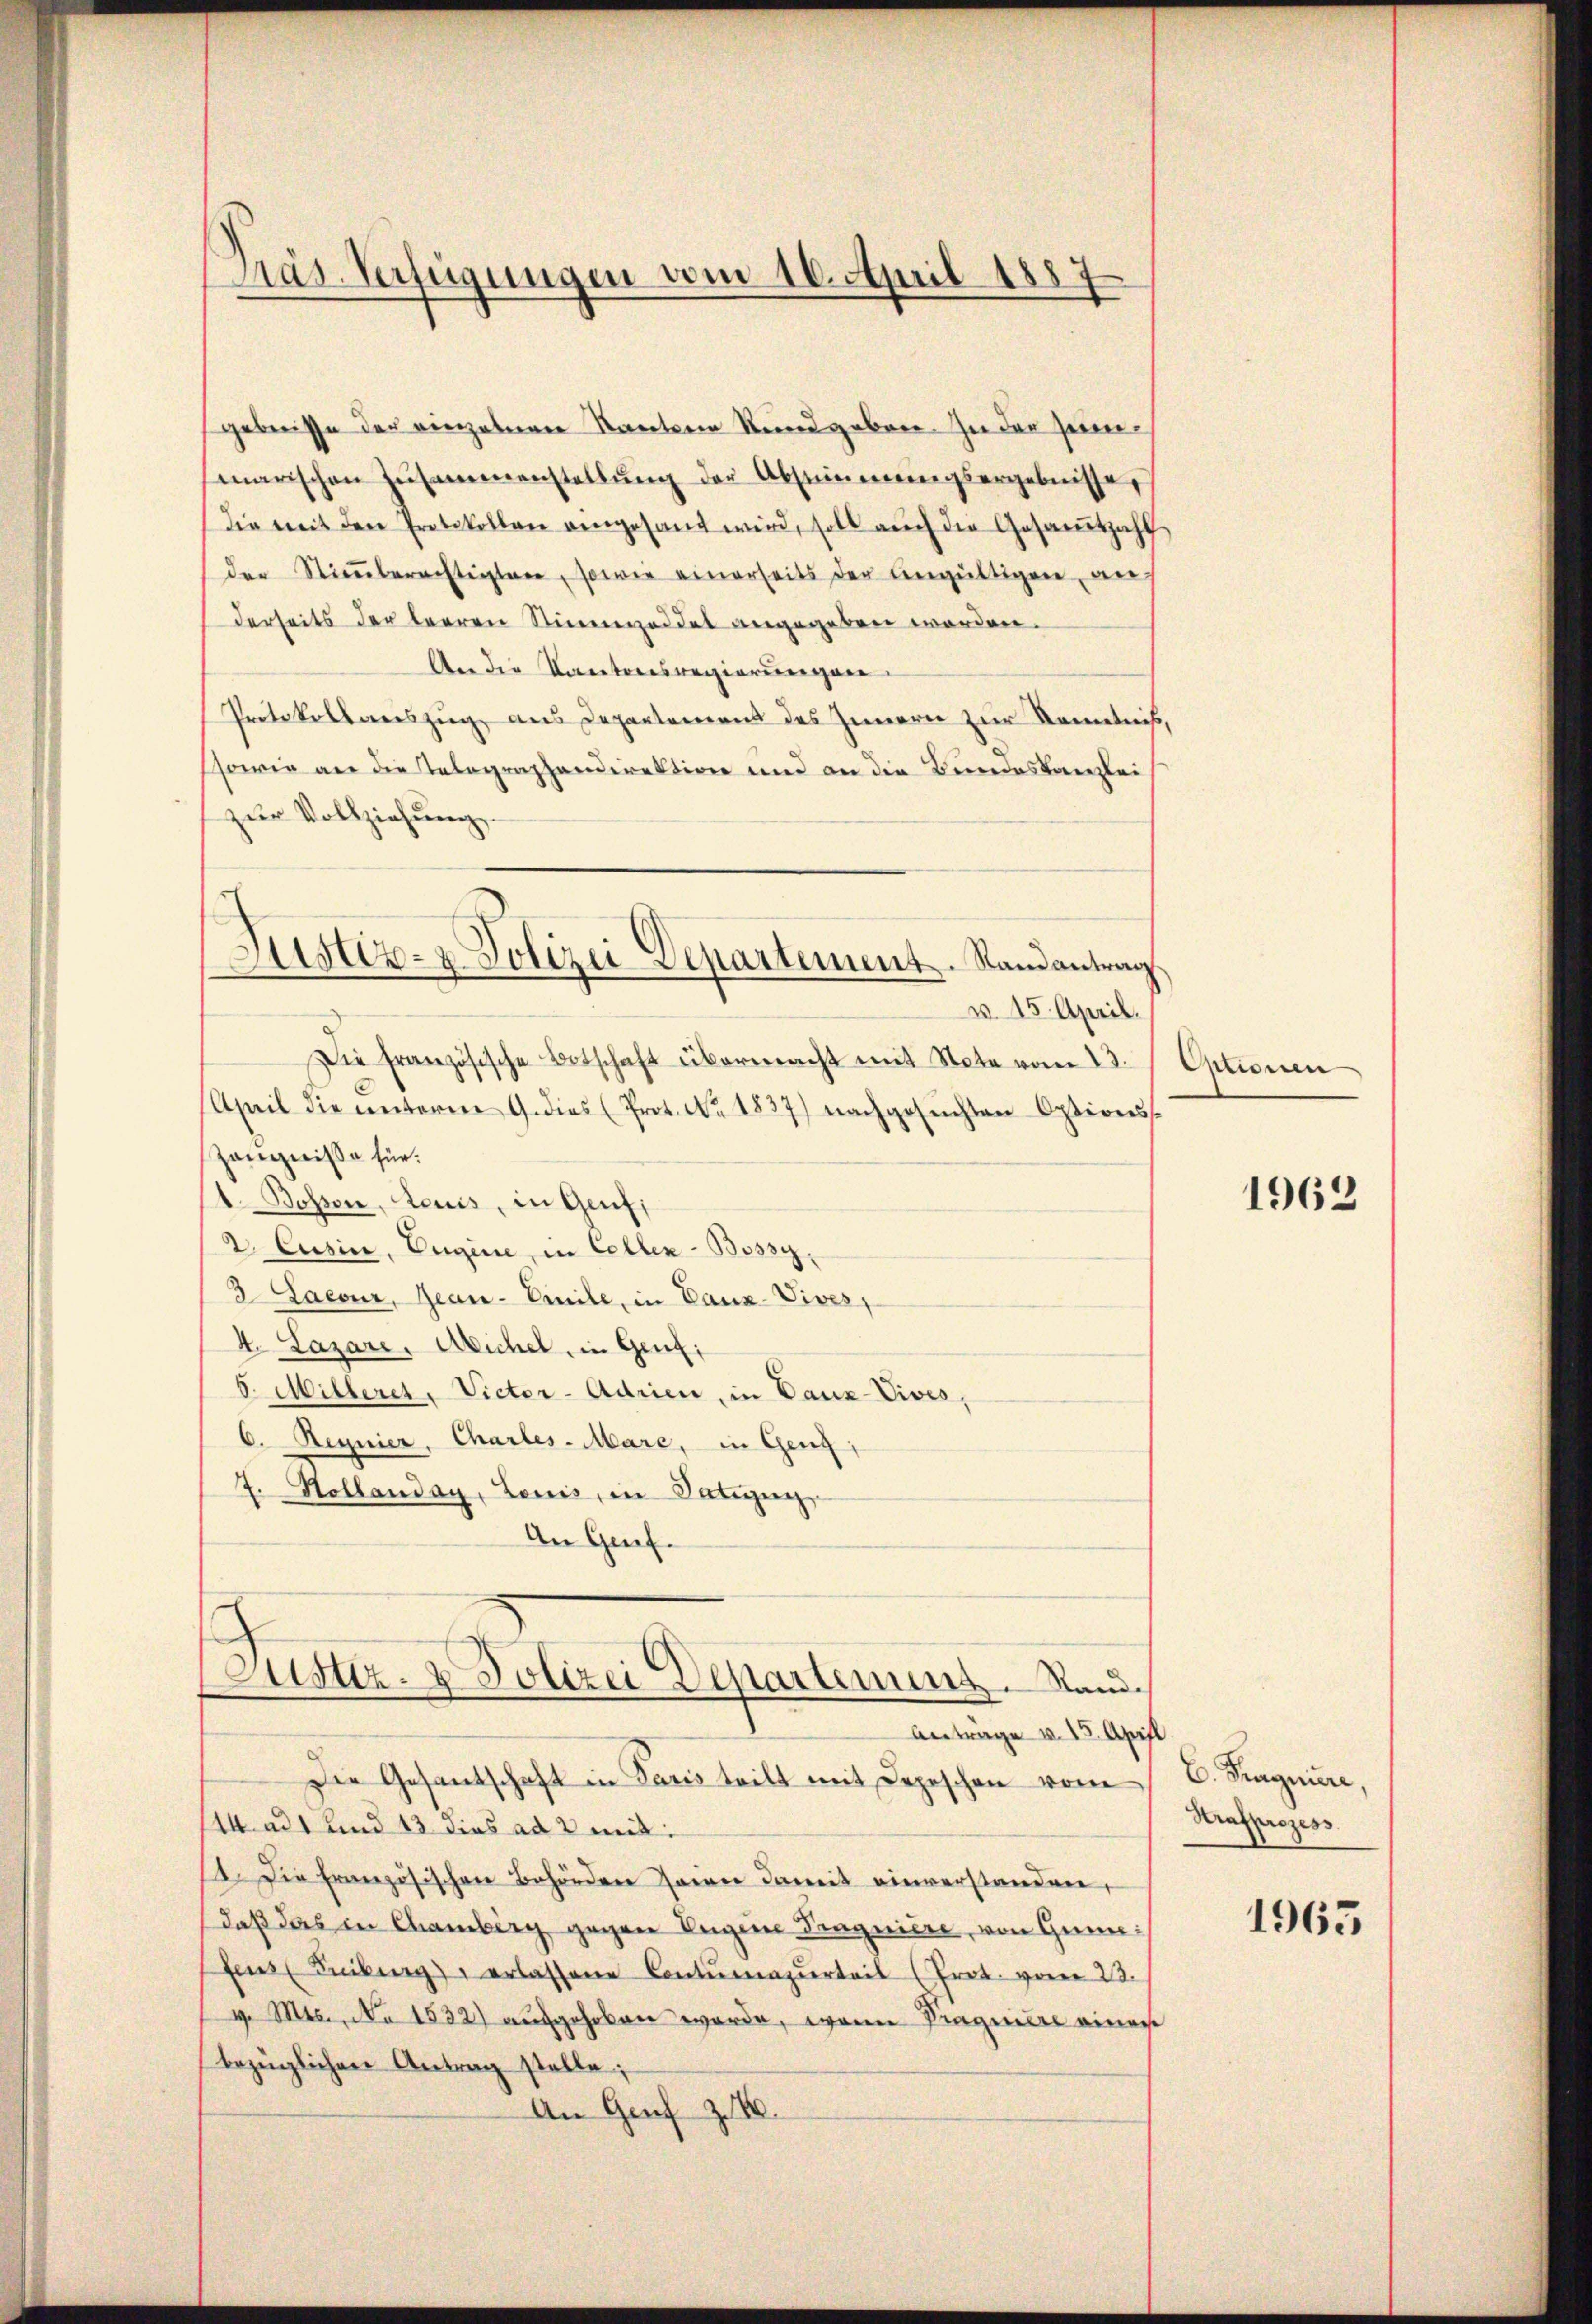
Präs. Verfügungen vom 16. April 1887

gebnisse der einzelnen Kantonen Rundgeben. In der seine
marischen Zusammenstellŭng der Abstimmungsergebnisse,
die mit den Protokollen angesandt wird, soll auch die Gesamtzahl
der Stiṁberechtigten, sowie einerseits der eingültigen, au
derseits der leeren Stimmzeddel angegeben worden.
An die Kantonsregierungen.
Protokollauszug aus Departemens des Innern zur Kenntnis,
ssowie an die Telegraphendirektion und an die Bundeskanzlei
zŭr Vollziehung
Die französische Botschaft übermacht mit Note vom 23.
April die unteren 9. dies (Prot. No. 1837) nachgesŭchten Options-
Zängniße für:
1. Bosson, Lauis, in Genf,
2. Cusin, Eugene, in Celler-Bossy.
3 Laeouz, Jean - Emile, in Danz-Vives,
4. Lazare, Michel, in Genf,
V. Milleret, Victor-Adrien, in Dauz-Vives,
6. Regnier, Charles-Mare, in Genz,
7. Hollanday, Louis, in Satzung
An Genf.

Sistiz- & Polizei Departement. Randantrag
v. 15. April.

Zustiz- & Polizei Departemens. Stand.

Anträge v. 15. April
Die Gesantschaft in Paris teilt mit Depeschen vom
14. ad 1 und 13 dies ad 2 mit:
11. Die französischen Behörden saran damit einverstanden,
daß das in Chamberg gegen Eugene Pragniere, von Gunn:
fens Leiberg erlassene Contŭrazŭrteil (Prot. vom 23.
v. Mts., No 1532) aufgehoben werde, wenn Pragniere einer
bezüglichen Antrag stelle;
An Genf z. 140.

Ariorien

1962

C. Fragniere,
Strafprozess

1963